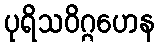
ပုရိသဝိဂ္ဂဟေန